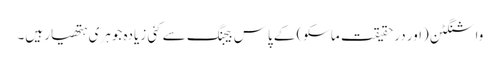
واشنگٹن (اور درحقیقت ماسکو) کے پاس بیجنگ سے کئی زیادہ جوہری ہتھیار ہیں۔